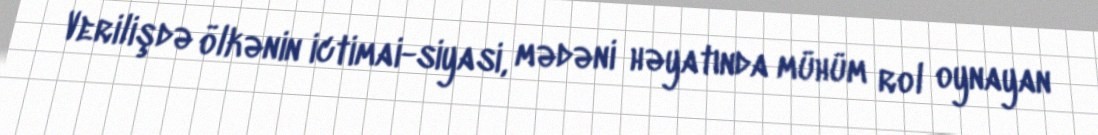
Verilişdə ölkənin ictimai-siyasi, mədəni həyatında mühüm rol oynayan